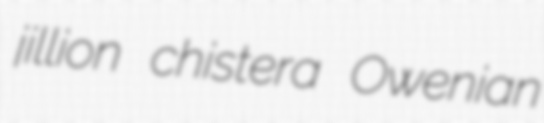
jillion chistera Owenian